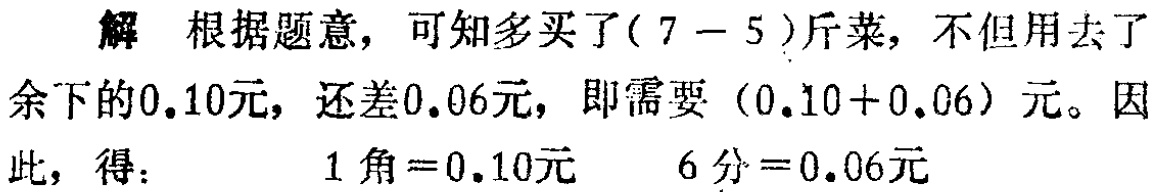
解 根据题意，可知多买了\((7 - 5)\)斤菜，不但用去了余下的\(0.10\)元，还差\(0.06\)元，即需要\((0.10 + 0.06)\)元。因此，得：

\(1\)角\( = 0.10\)元 \(6\)分\( = 0.06\)元